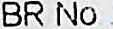
BR NO.